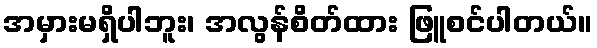
အမှားမရှိပါဘူး၊ အလွန်စိတ်ထား ဖြူစင်ပါတယ်။